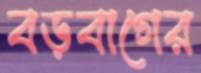
বড়বাগের